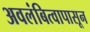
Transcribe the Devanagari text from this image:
अवलंबित्वापासून